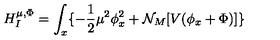
H _ { I } ^ { \mu , \Phi } = \int _ { x } \{ - { \frac { 1 } { 2 } } \mu ^ { 2 } \phi _ { x } ^ { 2 } + { \cal N } _ { M } [ V ( \phi _ { x } + \Phi ) ] \}